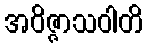
အဝိဇ္ဇာသဝါတိ